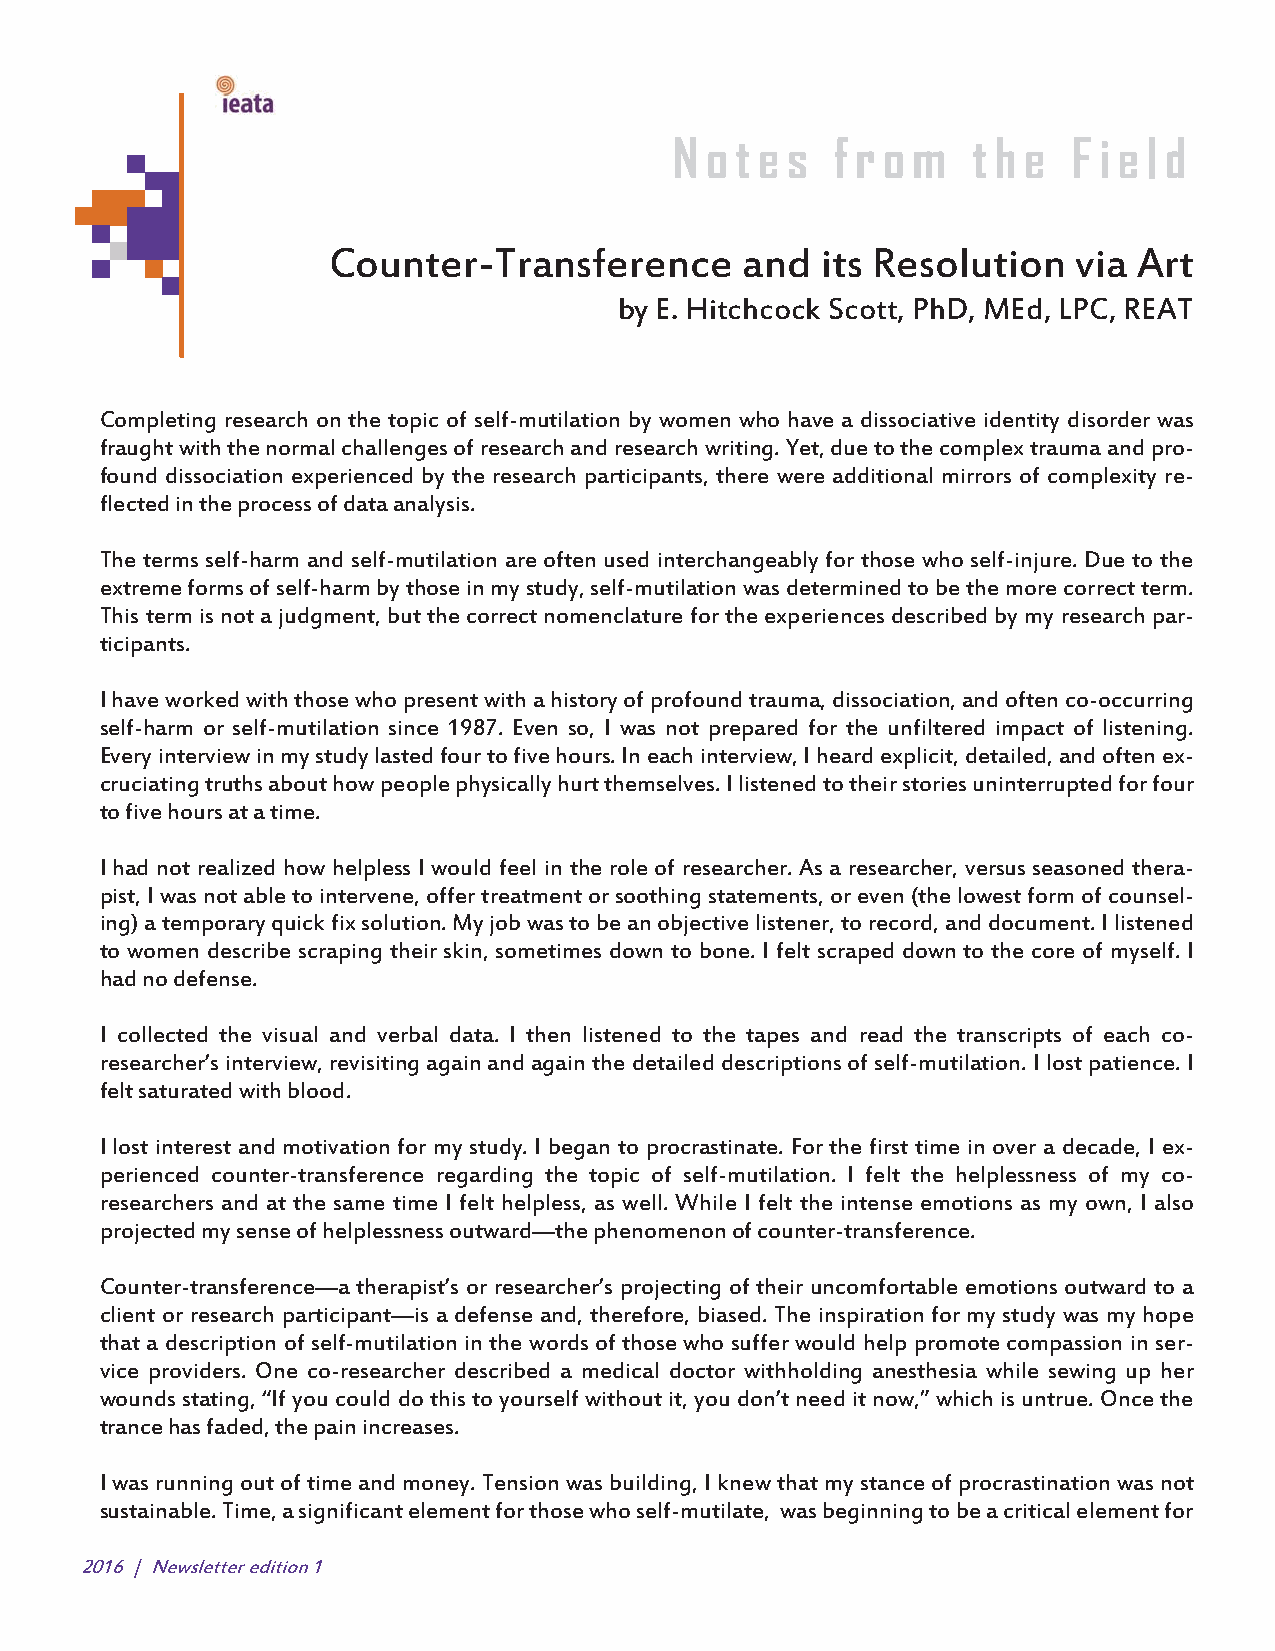
!
 N o t e s f r o m  t h e  F i e l d
 Counter-Transference       and  its Resolution   via Art
 by E. Hitchcock Scott, PhD, MEd, LPC, REAT
 Completing research on the topic of self-mutilation by women who have a dissociative identity disorder was
 fraught with the normal challenges of research and research writing. Yet, due to the complex trauma and pro-
 found dissociation experienced by the research participants, there were additional mirrors of complexity re-
 flected in the process of data analysis.
 The terms self-harm and self-mutilation are often used interchangeably for those who self-injure. Due to the
 extreme forms of self-harm by those in my study, self-mutilation was determined to be the more correct term.
 This term is not a judgment, but the correct nomenclature for the experiences described by my research par-
 ticipants.
 I have worked with those who present with a history of profound trauma, dissociation, and often co-occurring
 self-harm or self-mutilation since 1987. Even so, I was not prepared for the unfiltered impact of listening.
 Every interview in my study lasted four to five hours. In each interview, I heard explicit, detailed, and often ex-
 cruciating truths about how people physically hurt themselves. I listened to their stories uninterrupted for four
 to five hours at a time.
 I had not realized how helpless I would feel in the role of researcher. As a researcher, versus seasoned thera-
 pist, I was not able to intervene, offer treatment or soothing statements, or even (the lowest form of counsel-
 ing) a temporary quick fix solution. My job was to be an objective listener, to record, and document. I listened
 to women describe scraping their skin, sometimes down to bone. I felt scraped down to the core of myself. I
 had no defense.
 I collected the visual and verbal data. I then listened to the tapes and read the transcripts of each co-
 researcher’s interview, revisiting again and again the detailed descriptions of self-mutilation. I lost patience. I
 felt saturated with blood.
 I lost interest and motivation for my study. I began to procrastinate. For the first time in over a decade, I ex-
 perienced counter-transference regarding the topic of self-mutilation. I felt the helplessness of my co-
 researchers and at the same time I felt helpless, as well. While I felt the intense emotions as my own, I also
 projected my sense of helplessness outward—the phenomenon of counter-transference.
 Counter-transference—a therapist’s or researcher’s projecting of their uncomfortable emotions outward to a
 client or research participant—is a defense and, therefore, biased. The inspiration for my study was my hope
 that a description of self-mutilation in the words of those who suffer would help promote compassion in ser-
 vice providers. One co-researcher described a medical doctor withholding anesthesia while sewing up her
 wounds stating, “If you could do this to yourself without it, you don’t need it now,” which is untrue. Once the
 trance has faded, the pain increases.
 I was running out of time and money. Tension was building, I knew that my stance of procrastination was not
 sustainable. Time, a significant element for those who self-mutilate, was beginning to be a critical element for
 2016 | Newsletter edition 1